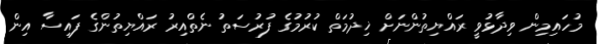
މުހައިމިން ވިދާޅުވީ ރައްޔިތުންނަށް ޚިދުމަތް ކުރުމުގެ ފުރުސަތު ނެތްއިރު ރައްޔިތުންގެ ފައިސާ އިން